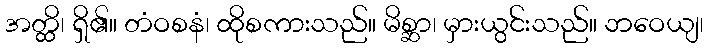
အတ္ထိ၊ ရှိ၏။ တံဝစနံ၊ ထိုစကားသည်။ မိစ္ဆာ၊ မှားယွင်းသည်။ ဘဝေယျ၊